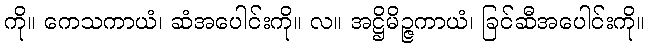
ကို။ ကေသကာယံ၊ ဆံအပေါင်းကို။ လ။ အဋ္ဌိမိဉ္ဇကာယံ၊ ခြင်ဆီအပေါင်းကို။